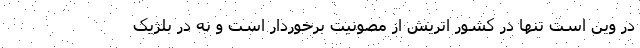
در وین است تنها در کشور اتریش از مصونیت برخوردار است و نه در بلژیک